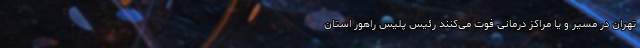
تهران در مسیر و یا مراکز درمانی فوت می‌کنند رئیس پلیس راهور استان